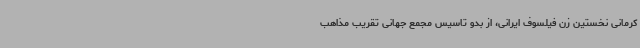
کرمانی نخستین زن فیلسوف ایرانی، از بدو تاسیس مجمع جهانی تقریب مذاهب